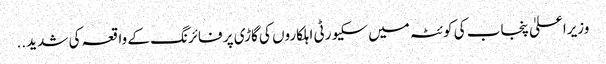
وزیراعلیٰ پنجاب کی کوئٹہ میں سکیورٹی اہلکاروں کی گاڑی پر فائرنگ کے واقعہ کی شدید ..